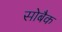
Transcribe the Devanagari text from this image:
सोबैक